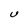
Character: U